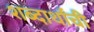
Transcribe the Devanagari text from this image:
शब्दार्थांची